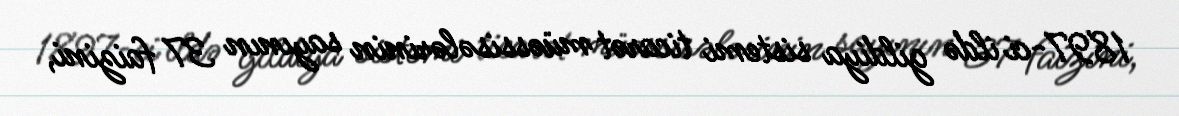
1897-ci ildə gildiya sistemi ticarət müəssisələrinin sayının 37 faizini,